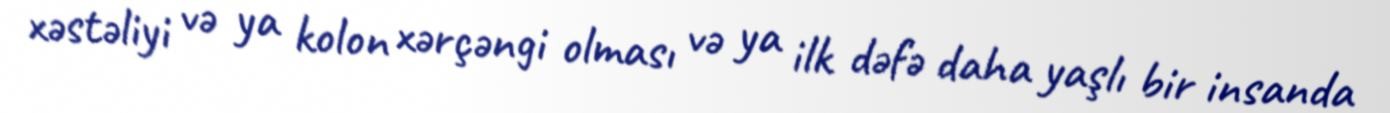
xəstəliyi və ya kolon xərçəngi olması və ya ilk dəfə daha yaşlı bir insanda